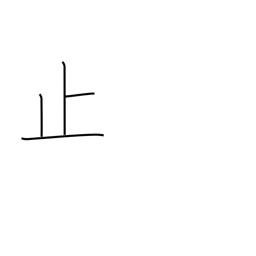
Meaning: stop